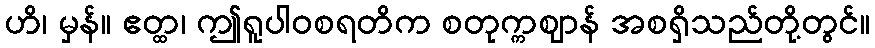
ဟိ၊ မှန်။ ဧတ္ထ၊ ဤရူပါဝစရတိက စတုက္ကဈာန် အစရှိသည်တို့တွင်။